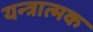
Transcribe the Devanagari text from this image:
यन्त्रात्मक